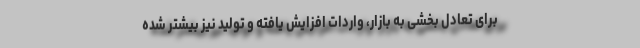
برای تعادل بخشی به بازار، واردات افزایش یافته و تولید نیز بیشتر شده